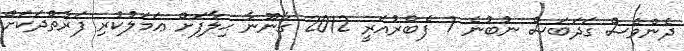
ދެންވެސް ގަދަބަސް ނުބުނެ 7 ފެބްރުއަރީ 2012 ގާނޫނާ ޙިލާފަށް ޢަމަލުކުރި ފަރާތްދަކަށް